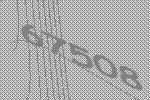
67508